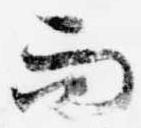
而